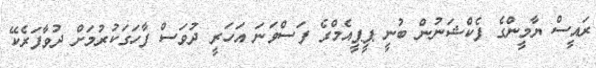
ރައީސް ޔާމީންގެ ފެކްޝަނުން ބުނީ ޕީޕީއެމްގެ ފަސްވަނަ އަހަރީ ދުވަސް ފާހަގަކުރުމަށް ދުވާފަރެކޭ